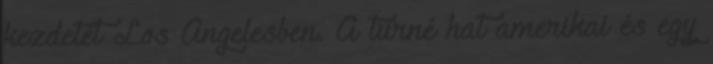
kezdetét Los Angelesben. A turné hat amerikai és egy